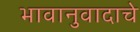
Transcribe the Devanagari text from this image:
भावानुवादाचे